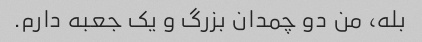
بله، من دو چمدان بزرگ و یک جعبه دارم.